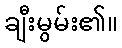
ချီးမွမ်း၏။